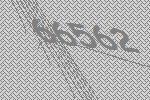
66562